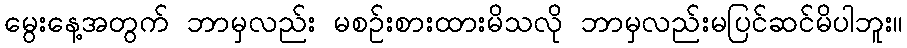
မွေးနေ့အတွက် ဘာမှလည်း မစဉ်းစားထားမိသလို ဘာမှလည်းမပြင်ဆင်မိပါဘူး။